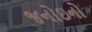
જનોઇનો